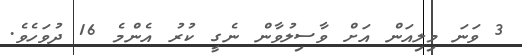
3 ވަނަ މިލިއަން އަށް ވާސިލުވާން ނެގީ ކުރު އެންމެ 16 ދުވަހެވެ.